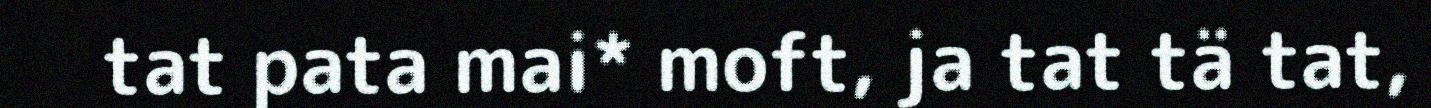
tat pata mai* moft, ja tat tä tat,